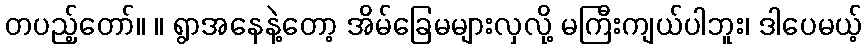
တပည့်တော်။ ။ ရွာအနေနဲ့တော့ အိမ်ခြေမများလှလို့ မကြီးကျယ်ပါဘူး၊ ဒါပေမယ့်